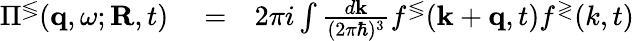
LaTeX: \begin{array}{rlr}{\Pi^{\lessgtr}({\mathbf q},\omega;{\mathbf R},t)}&{{}=}&{2\pi i\int\frac{d{\mathbf k}}{(2\pi\hbar)^{3}}f^{\lessgtr}({\mathbf k}+{\mathbf q},t)f^{\gtrless}(k,t)}\end{array}